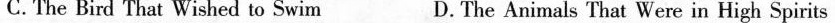
C. The Bird That Wished to Swim D.The Animals That Were in High Spirits